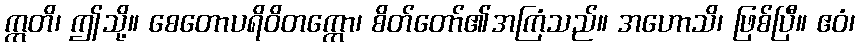
ဣတိ၊ ဤသို့။ စေတောပရိဝိတက္ကော၊ စိတ်တော်၏အကြံသည်။ အဟောသိ၊ ဖြစ်ပြီ။ ဧဝံ၊